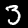
Label: 3